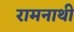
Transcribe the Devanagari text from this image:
रामनाथी